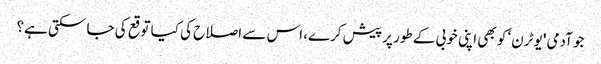
جو آدمی 'یو ٹرن‘ کو بھی اپنی خوبی کے طور پر پیش کرے، اس سے اصلاح کی کیا توقع کی جا سکتی ہے؟